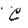
Character: C